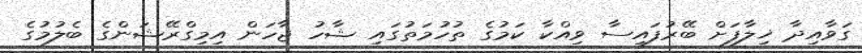
ގަވާއިދާ ޚިލާފަށް ބޭރުފައިސާ ވިއްކާ ކަމުގެ ތުހުމަތުގައި ޝާހު ޖާހަން އިމިގްރޭޝަންގެ ބެލުމުގެ